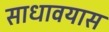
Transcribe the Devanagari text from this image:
साधावयास